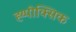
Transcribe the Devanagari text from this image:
ह्य्पोक्सिक